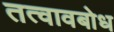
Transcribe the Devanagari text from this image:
तत्वावबोध